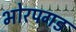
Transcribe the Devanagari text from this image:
भोरपगड